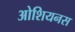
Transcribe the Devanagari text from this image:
ओशियनस